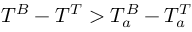
T ^ { B } - T ^ { T } > T _ { a } ^ { B } - T _ { a } ^ { T }